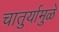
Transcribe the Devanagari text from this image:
चातुर्यामुळे